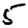
Digit: 5